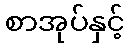
စာအုပ်နှင့်